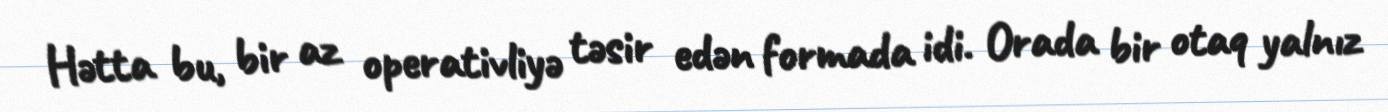
Hətta bu, bir az operativliyə təsir edən formada idi. Orada bir otaq yalnız